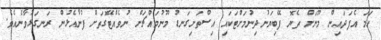
ހަމަ އެފަދައިން މޫނަށް ތެޔޮ ފޭބިޔަނުދިނުމަށްޓަކައި އިސްތަށިގަނޑު މޫނުމައްޗަށް ނުވެއްޓޭގޮތަށް ފުނާއެޅުން ރަނގަޅުވާނެއެވެ.